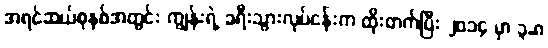
အရင်ဆယ်စုနှစ်အတွင်း ကျွန်းရဲ့ ခရီးသွားလုပ်ငန်းက ထိုးတက်ပြီး ၂၀၁၄ မှာ ၃.၈